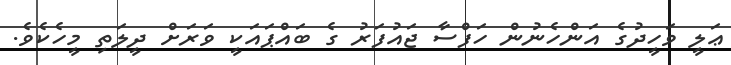
ޢަލީ ވަހީދުގެ އަންހެނުން ހަފްސާ ޖައުފަރު ގެ ބައްޕައަކީ ވަރަށް ދީލަތި މީހެކެވެ.